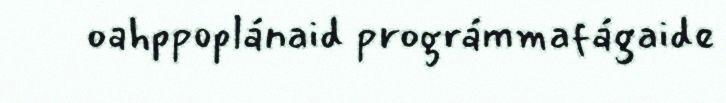
oahppoplánaid prográmmafágaide